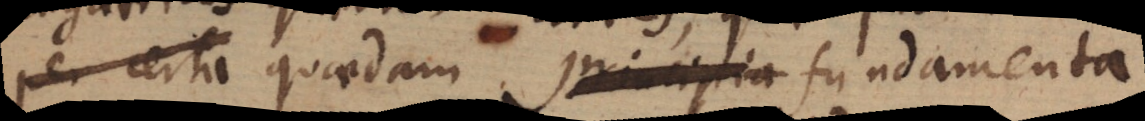
per certa quaedam principia fundamenta